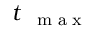
t _ { \mathrm { ~ \tiny ~ { ~ m ~ a ~ x ~ } ~ } }